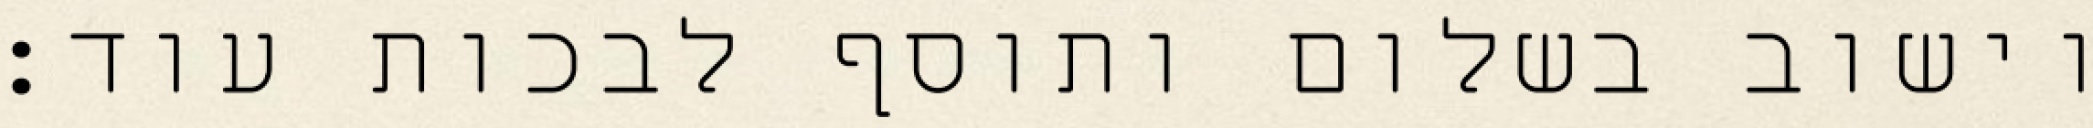
וישוב בשלום ותוסף לבכות עוד: